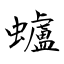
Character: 蠦